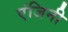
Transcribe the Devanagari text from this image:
एंजिनी